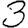
Digit: 3